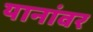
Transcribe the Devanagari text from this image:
यानांवर